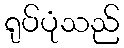
ရုပ်ပုံသည်